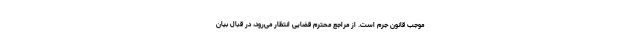
موجب قانون جرم است. از مراجع محترم قضایی انتظار می‌رود، در قبال بیان